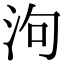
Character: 泃